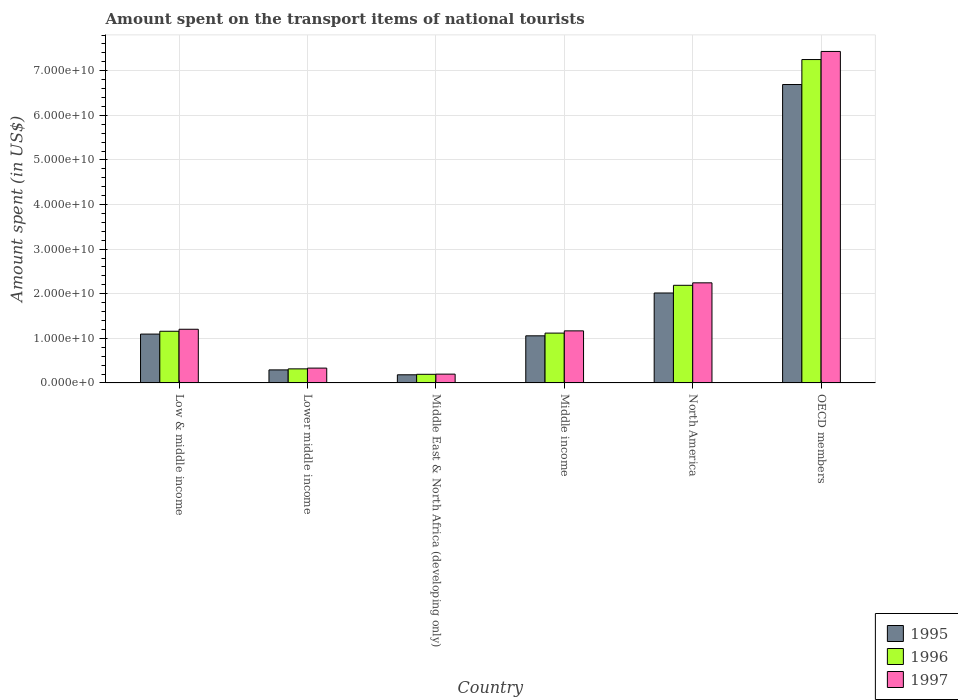
| Country | 1995 | 1996 | 1997 |
 | --- | --- | --- | --- |
 | Low & middle income | 1.1e+10 | 1.16e+10 | 1.2e+10 |
 | Lower middle income | 2.92e+09 | 3.16e+09 | 3.33e+09 |
 | Middle East & North Africa (developing only) | 1.83e+09 | 1.94e+09 | 1.97e+09 |
 | Middle income | 1.06e+10 | 1.12e+10 | 1.17e+10 |
 | North America | 2.02e+10 | 2.19e+10 | 2.24e+10 |
 | OECD members | 6.69e+10 | 7.25e+10 | 7.43e+10 |